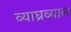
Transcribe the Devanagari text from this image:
व्याघ्रव्याल